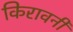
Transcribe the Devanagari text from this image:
किरावनी